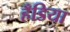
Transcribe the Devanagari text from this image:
हँडिया